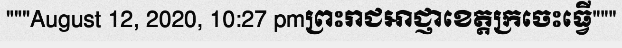
"""August 12, 2020, 10:27 pmព្រះរាជអាជ្ញាខេត្តក្រចេះធ្វើ"""